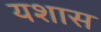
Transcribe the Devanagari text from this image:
यशास